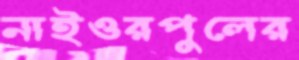
নাইওরপুলের